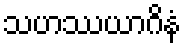
သဟဿယာဂိနံ